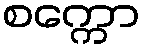
စက္ကော